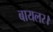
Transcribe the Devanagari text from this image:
बायलर।